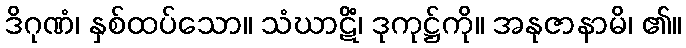
ဒိဂုဏံ၊ နှစ်ထပ်သော။ သံဃာဋိံ၊ ဒုကုဋ္ဌ်ကို။ အနုဇာနာမိ၊ ၏။